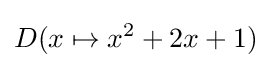
D(x\mapsto x^{2}+2x+1)